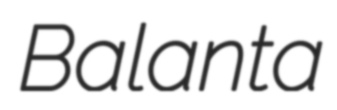
Balanta